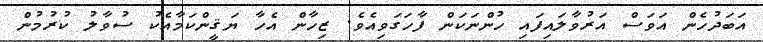
އަބަދުހެން އަވަސް އަރުވާލައިފައި ހުންނަކަން ފާހަގަވިއެވެ. ޒިހާން އެހާ ޔަޤީންކަމާއެކު ސުވާލު ކުރުމުން